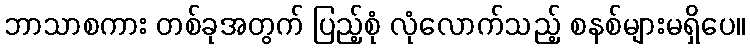
ဘာသာစကား တစ်ခုအတွက် ပြည့်စုံ လုံလောက်သည့် စနစ်များမရှိပေ။